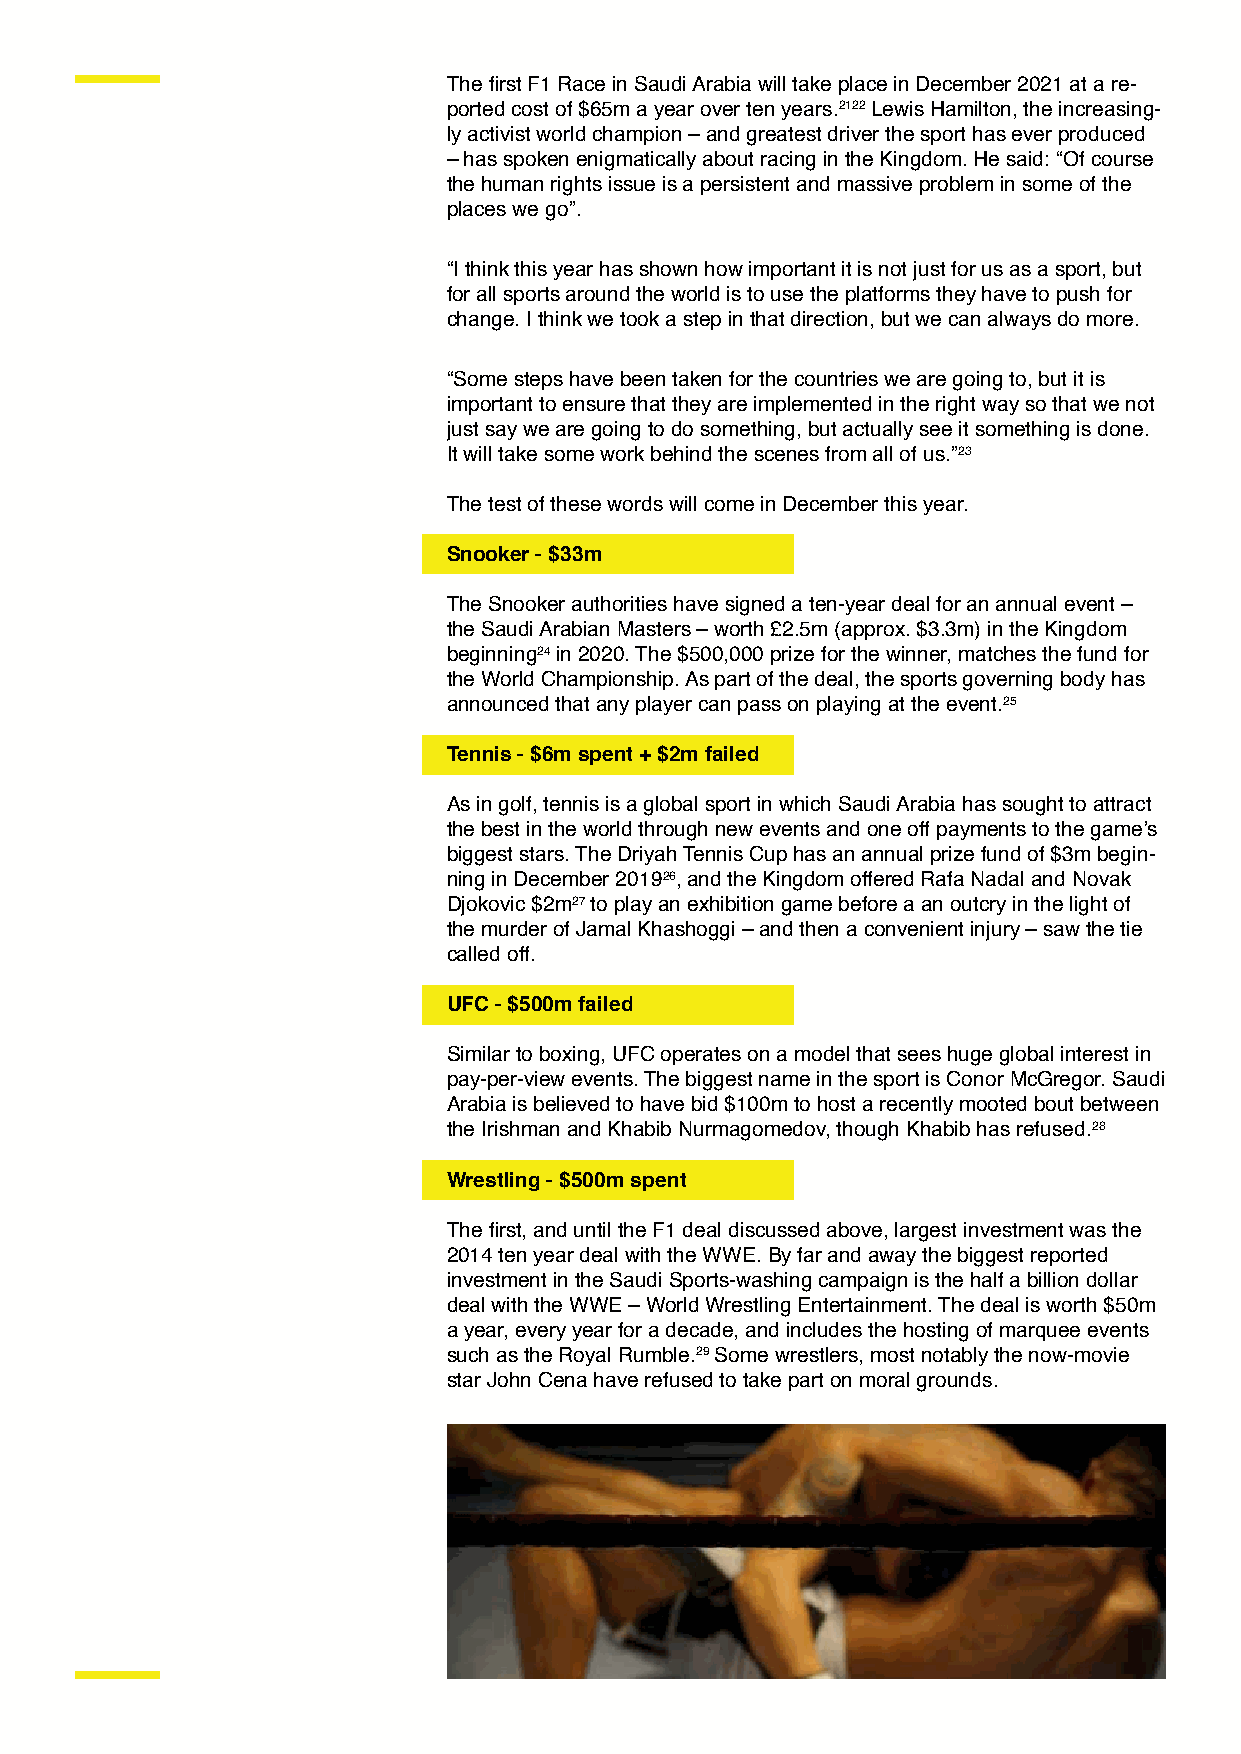
The first F1 Race in Saudi Arabia will take place in December 2021 at a re-
 ported cost of $65m a year over ten years.2122 Lewis Hamilton, the increasing-
 ly activist world champion – and greatest driver the sport has ever produced
 – has spoken enigmatically about racing in the Kingdom. He said: “Of course
 the human rights issue is a persistent and massive problem in some of the
 places we go”.
 “I think this year has shown how important it is not just for us as a sport, but
 for all sports around the world is to use the platforms they have to push for
 change. I think we took a step in that direction, but we can always do more.
 “Some steps have been taken for the countries we are going to, but it is
 important to ensure that they are implemented in the right way so that we not
 just say we are going to do something, but actually see it something is done.
 It will take some work behind the scenes from all of us.”23
 The test of these words will come in December this year.
 Snooker - $33m
 The Snooker authorities have signed a ten-year deal for an annual event –
 the Saudi Arabian Masters – worth £2.5m (approx. $3.3m) in the Kingdom
 beginning24 in 2020. The $500,000 prize for the winner, matches the fund for
 the World Championship. As part of the deal, the sports governing body has
 announced that any player can pass on playing at the event.25
 Tennis - $6m spent + $2m failed
 As in golf, tennis is a global sport in which Saudi Arabia has sought to attract
 the best in the world through new events and one off payments to the game’s
 biggest stars. The Driyah Tennis Cup has an annual prize fund of $3m begin-
 ning in December 201926, and the Kingdom offered Rafa Nadal and Novak
 Djokovic $2m27 to play an exhibition game before a an outcry in the light of
 the murder of Jamal Khashoggi – and then a convenient injury – saw the tie
 called off.
 UFC - $500m failed
 Similar to boxing, UFC operates on a model that sees huge global interest in
 pay-per-view events. The biggest name in the sport is Conor McGregor. Saudi
 Arabia is believed to have bid $100m to host a recently mooted bout between
 the Irishman and Khabib Nurmagomedov, though Khabib has refused.28
 Wrestling - $500m spent
 The first, and until the F1 deal discussed above, largest investment was the
 2014 ten year deal with the WWE. By far and away the biggest reported
 investment in the Saudi Sports-washing campaign is the half a billion dollar
 deal with the WWE – World Wrestling Entertainment. The deal is worth $50m
 a year, every year for a decade, and includes the hosting of marquee events
 such as the Royal Rumble.29 Some wrestlers, most notably the now-movie
 star John Cena have refused to take part on moral grounds.